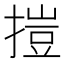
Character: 㨟